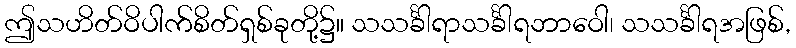
ဤသဟိတ်ဝိပါက်စိတ်ရှစ်ခုတို့၌။ သသင်္ခါရာသင်္ခါရဘာဝေါ၊ သသင်္ခါရအဖြစ်,